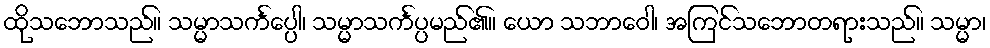
ထိုသဘောသည်။ သမ္မာသင်္ကပ္ပေါ၊ သမ္မာသင်္ကပ္ပမည်၏။ ယော သဘာဝေါ၊ အကြင်သဘောတရားသည်။ သမ္မာ၊